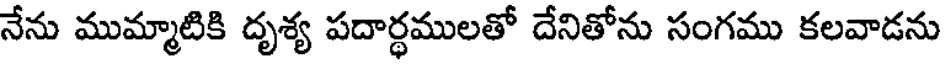
నేను ముమ్మాటికి దృశ్య పదార్ధములతో దేనితోను సంగము కలవాడను